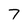
Character: 7